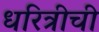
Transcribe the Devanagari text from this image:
धरित्रीची